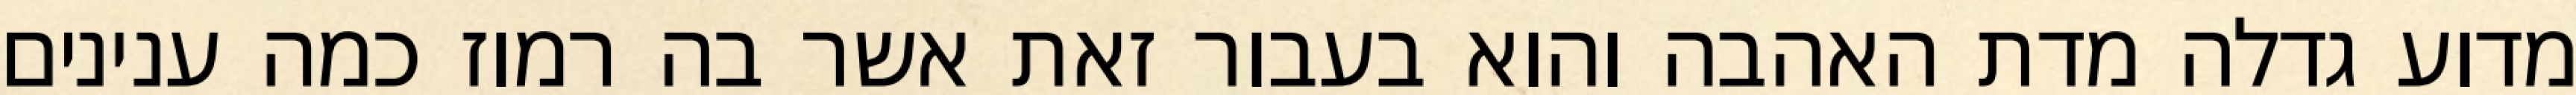
מדוע גדלה מדת האהבה והוא בעבור זאת אשר בה רמוז כמה ענינים